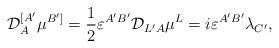
LaTeX: \begin{align*}{\cal D}^{[A'}_A\mu^{B']}=\frac{1}{2}\varepsilon^{A'B'}{\cal D}_{L'A}\mu^L=i\varepsilon^{A'B'}\lambda_{C'},\end{align*}